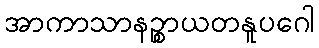
အာကာသာနဉ္စာယတနူပဂေါ